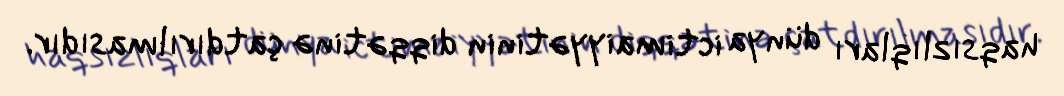
haqsızlıqları dünya ictimaiyyətinin diqqətinə çatdırılmasıdır.